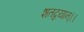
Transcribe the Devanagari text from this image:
शतद्वयान्।।